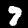
Digit: 7